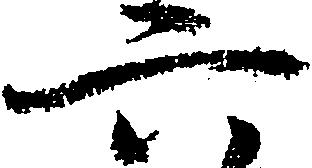
六